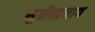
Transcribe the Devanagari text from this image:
सुधीन्द्रनाथ